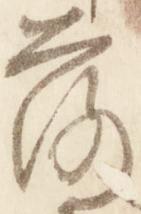
落